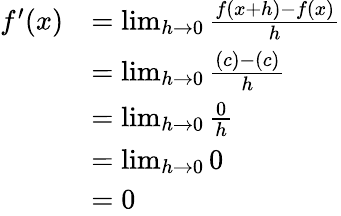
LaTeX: {\begin{array}{rl}{f^{\prime}(x)}&{=\operatorname*{lim}_{h\to 0}{\frac{f(x+h)-f(x)}{h}}}\\ &{=\operatorname*{lim}_{h\to 0}{\frac{(c)-(c)}{h}}}\\ &{=\operatorname*{lim}_{h\to 0}{\frac{0}{h}}}\\ &{=\operatorname*{lim}_{h\to 0}0}\\ &{=0}\end{array}}